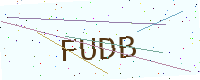
Text: FUDB